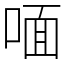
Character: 喕